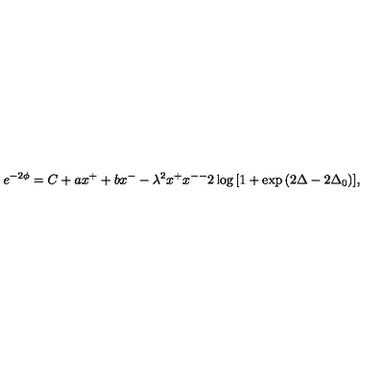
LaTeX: e ^ { - 2 \phi } = C + a x ^ { + } + b x ^ { - } - \lambda ^ { 2 } x ^ { + } x ^ { -- } 2 \log { [ 1 + \exp { ( 2 \Delta - 2 \Delta _ { 0 } ) } ] } ,